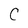
Character: C